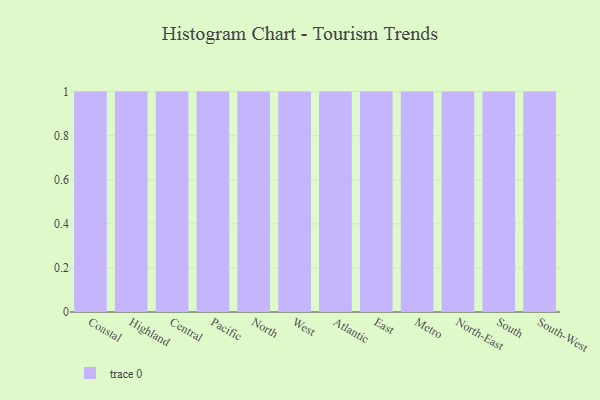
{"axis": {"x": "Region", "y": "Backlog"}, "legend": [""], "data": [{"x": "Coastal", "y": 61, "type": ""}, {"x": "Highland", "y": 42, "type": ""}, {"x": "Central", "y": 66, "type": ""}, {"x": "Pacific", "y": 58, "type": ""}, {"x": "North", "y": 93, "type": ""}, {"x": "West", "y": 86, "type": ""}, {"x": "Atlantic", "y": 83, "type": ""}, {"x": "East", "y": 57, "type": ""}, {"x": "Metro", "y": 44, "type": ""}, {"x": "North-East", "y": 47, "type": ""}, {"x": "South", "y": 85, "type": ""}, {"x": "South-West", "y": 33, "type": ""}]}